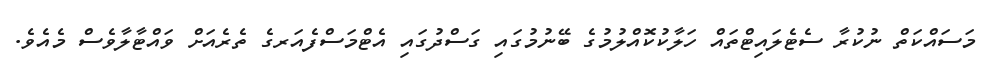
މަސައްކަތް ނުކުރާ ސެޓެލައިޓްތައް ހަލާކުކޮއްލުމުގެ ބޭނުމުގައި ގަސްދުގައި އެޓްމަސްފެއަރގެ ތެރެއަށް ވައްޓާލާވެސް މެއެވެ.